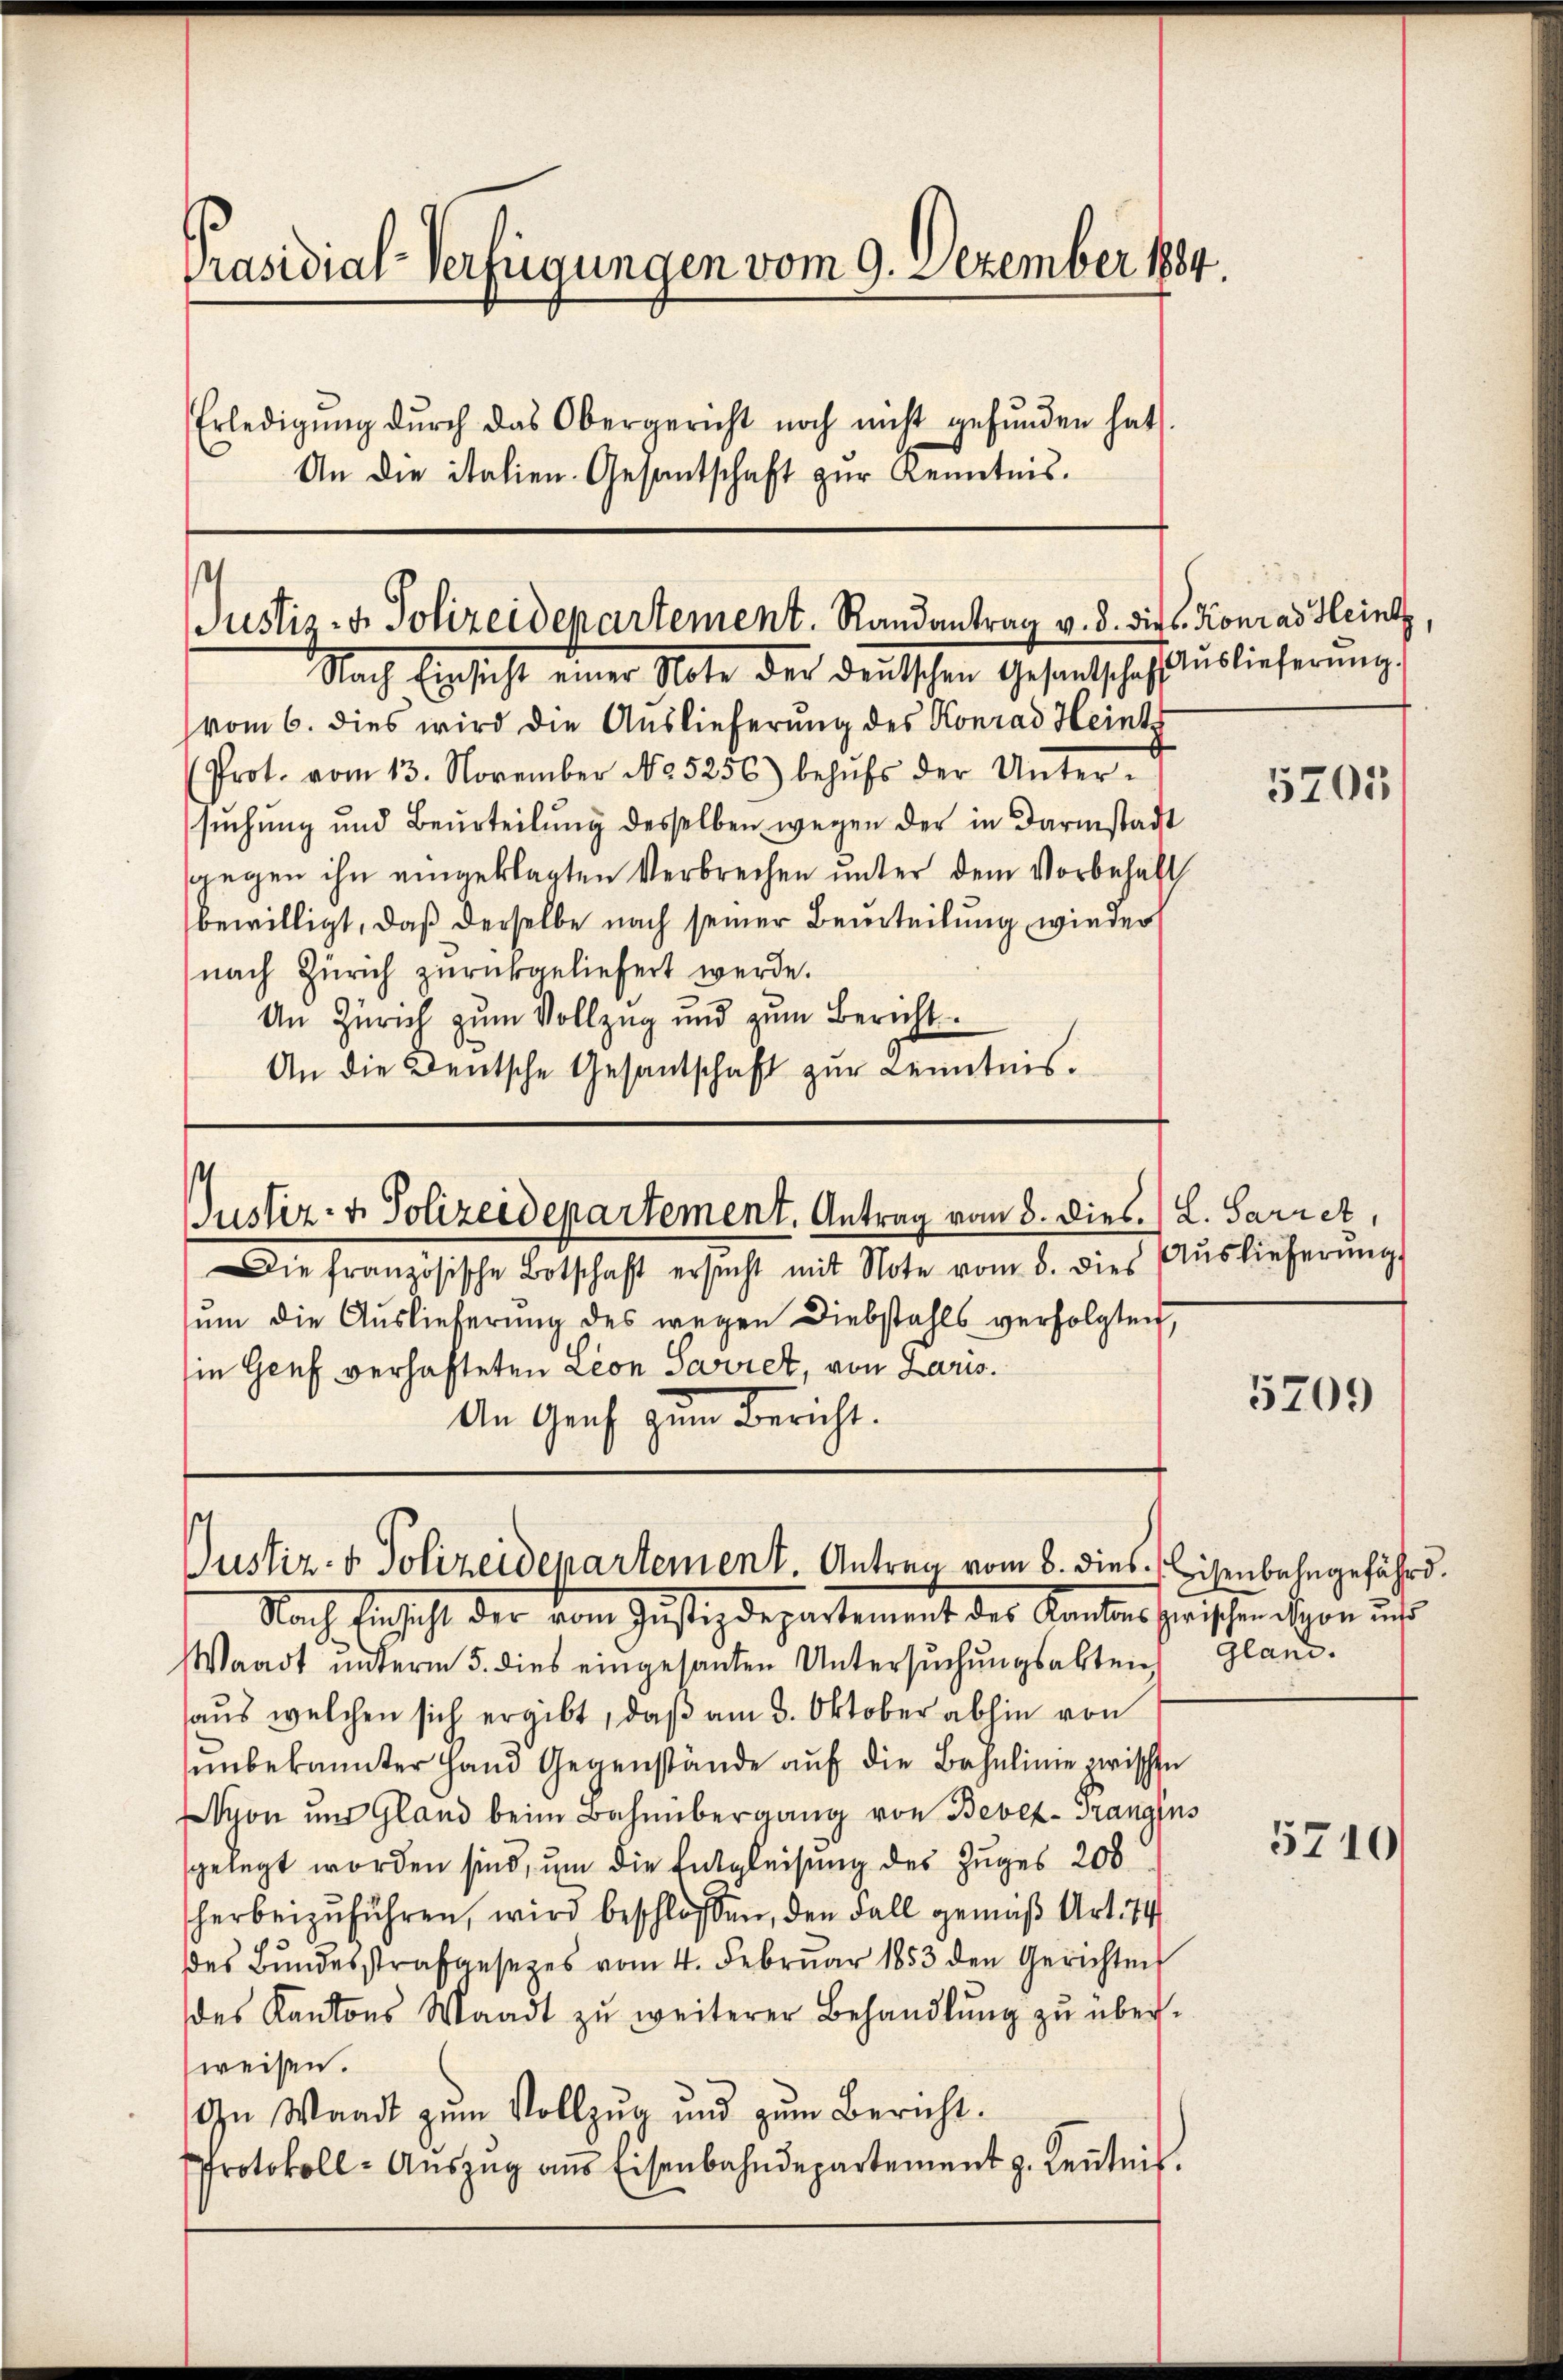
Präsidial-Verfügungen vom 9. Dezember 1884.
Erledigŭng dŭrch das Obergericht noch nicht gefŭnden hat.
An die italien Gesantschaft zŭr Kenntnis.
Justiz- & Polizeidepartement. Randantrag v. d. die Konrad Heintz,
Nach Einsicht einer Note der deutschen Gesantschaf Aŭslieferŭng,
vom 6. dies wird die Auslieferung des Konrad Heints
d

(Prot. vom 13. November No 5256) behŭfs der Unter-
suchung und Beurteilŭng desselben wegen der in Darmstadt
sgegen ihn eingeklagten Verbrechen unter dem Vorbehalt
bewilligt, daß derselbe nach seiner Beurteilung wieder
nach Zürich zurückgeliefert werde.
An Zürich zum Vollzug und zum Bericht
An die Deutsche Gesantschaft zŭr Kenntnis.

Justiz- & Polizeidepartement. Antrag vom 8. Dies. / L. Sarret,

ie Genf verhafteten Leon Sarret, von Laris.
An Genf zum Bericht.

Justiz- & Polizeidepartement. Antrag vom 8. dies Eisenbahngefährd

Nach Einsicht der vom Justizdepartement des Kantons zwischen spoe und
Waadt unterm 5. dies eingesanten Untersuchungsabtei
aus welchen sich ergibt, daß am 3. Oktober abhin von
unbekannter Hand Gegenstände auf die Bahnlinie zwischen
yon und Gland beim Bahnübergang von Bevez-Trangins
sgelegt worden sind, um die Entgleisung des Zuges 208
herbeizuführen, wird beschlossen, den Fall gemäß Art. 74
des Bŭndesstrafansezes vom 4. Februar 1853 den Gerichten
des Kantons Waadt zu weiterer Behandlŭng zu überweisen.
In Waadt zum Vollzug und zum Bericht¬
Protokoll-Aŭszŭg aŭs Eisenbahndepartement p. Keṅtnis.

ŭm die Auslieferung des wegen Diebstahls verfolgten,

Die französische Botschaft ersŭcht mit Note vom 8. dies Aŭslieferŭng

5205

5709

gland.

5710/